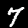
Digit: 7